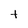
Character: T